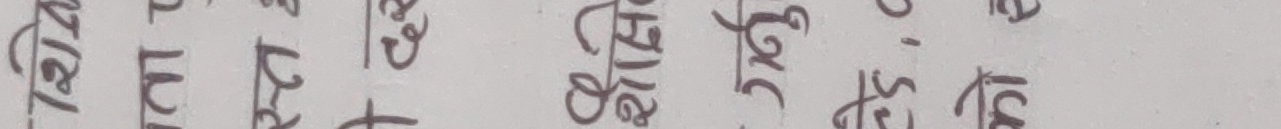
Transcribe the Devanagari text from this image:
तेति पुग्न सकिएमा भेटिन्छ।